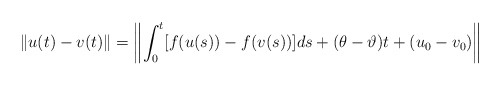
\begin{align*}\|u(t)-v(t)\|=\left\|\int_{0}^{t}[f(u(s))-f(v(s))]ds+(\theta-\vartheta)t+(u_0-v_0)\right\|\end{align*}